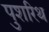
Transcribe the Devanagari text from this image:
पुशरिथ